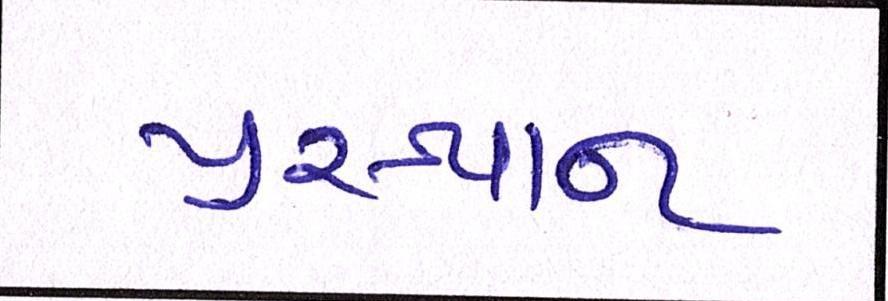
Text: પ્રસ્થાન